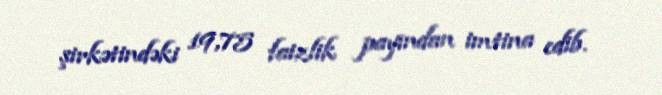
şirkətindəki 19,75 faizlik payından imtina edib.